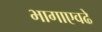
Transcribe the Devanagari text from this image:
भागाएवढे